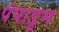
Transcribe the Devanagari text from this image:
पंपाडुम